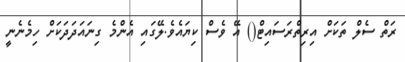
ރަތް ސެލް ތަކަށް އިރިތްރަސައިޓް() އޭ ވެސް ކިޔައެވެ.ލޭގައި އެންމެ ގިނައަދަދަކަށް ހިމެނެނީ